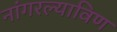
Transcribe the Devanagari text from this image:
नांगरल्याविण